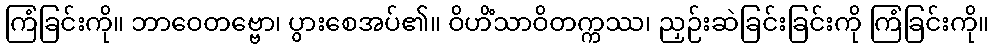
ကြံခြင်းကို။ ဘာဝေတဗ္ဗော၊ ပွားစေအပ်၏။ ဝိဟိံသာဝိတက္ကဿ၊ ညှဉ်းဆဲခြင်းခြင်းကို ကြံခြင်းကို။